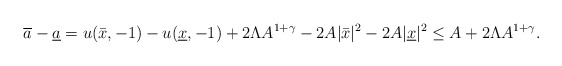
\begin{align*}\overline a-\underline a=u(\bar x,-1) -u(\underline x,-1)+2\Lambda A^{1+\gamma}-2A|\bar x|^2-2A|\underline x|^2\le A+2\Lambda A^{1+\gamma}.\end{align*}